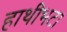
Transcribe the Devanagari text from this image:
हाथीभटा